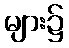
များ၌